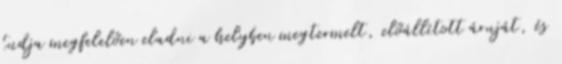
tudja megfelelően eladni a helyben megtermelt, előállított áruját, és